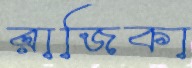
রাজিকা